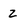
Character: Z